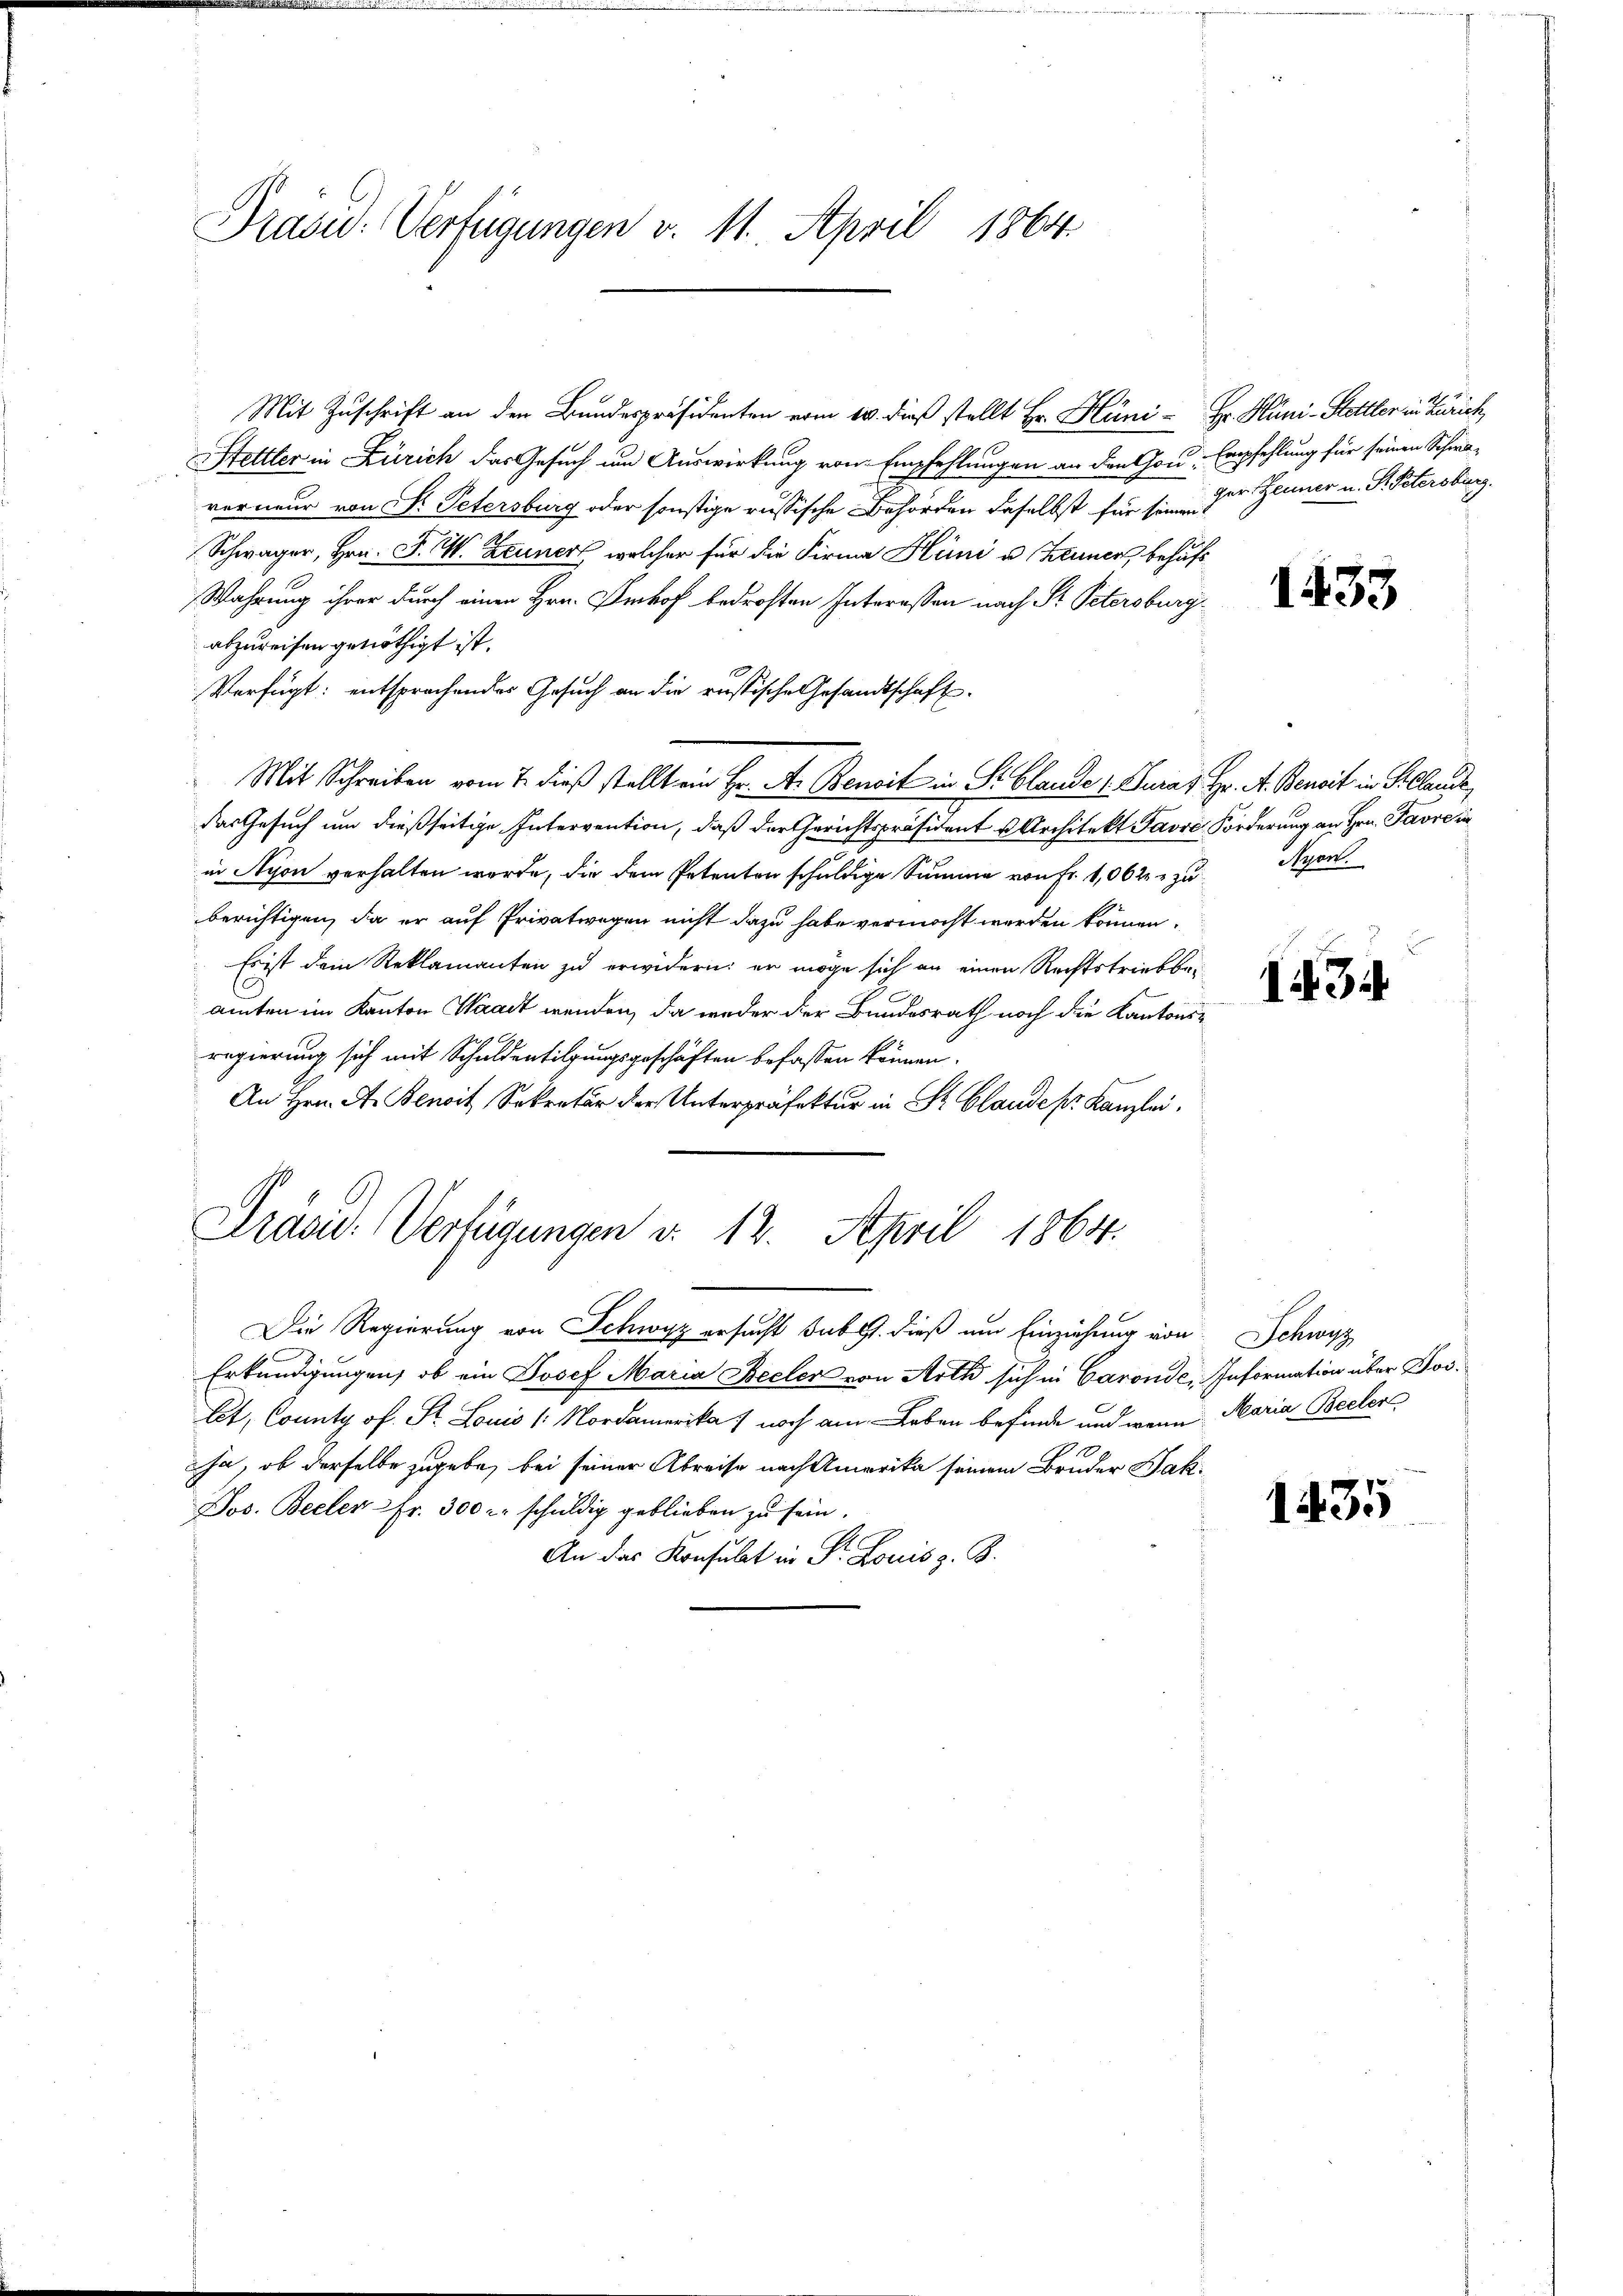
Präsid. Verfügungen v. 11. April 1864

Mit Zuschrift an den Bundespräsidenten vom 14. dieß stellt Hr. Hüni - Fr. Hüni-Stattler in Zürich,
Stettler in Zürich das Gesuch um Auswirkung von Empfehlungen an den Gou-Empfehlung für seinen Schine-
verneur von Fr. Petersburg oder sonstige russische Behörden daselbst für seinen der Zeumer u. St. Petersburg.
Schwager, Hrn. F. W. Zeuner, welcher für die Firma Hüni u. Zeuner, behufs
Wahrung ihrer durch einen Hrn. Verkof bedrohten Interessen nach St. Petersburg
abzureisen genöthigt ist.
Verfügt: entsprochendes Gesuch an die rustische Gesandtschaft¬
Mit Schreiben vom 7. dieß stellt ein Hr. A. Benoit in S. Blande 1. Jurat Hr. A. Bereit in Stellende
das Gesuch um dießseitige Intervention, daß der Gerichtspräsident Architekt Favre Förderung an Hrn. Paordin
in Nyon verhalten werde, die dem Petenten schuldige Summe von Fr. 1062 zu Nyon.
berichtigen, da er auf Privatwegen nicht dazu habe vermocht werden können.
Es ist dem Reklamanten zu erwidern: er möge sich an einen Rechtstrieb beamten im Kanton Waadt wenden, da weder der Bundesrath noch die Kantonsregierung sich mit Schuldentilgungsgeschäften befassen können.
An Hrn. A. Benoit Sekretär der Unterpräfektur in St. Claude pr. Kanzlei.
Präsid. Verfügungen v. 12. April 1864.
Die Regierung von Schwyz ersucht sub. dieß um Einziehung von Schwyz
Erkundigungen, ob ein Josef Maria Beeler von Arth sich in Caronde, Information über Boslet, County of Sr. Louis /: Nordamerika) noch am Leben befinde und wenn Maria Becker
ja, ob derselbe zugebe, bei seiner Abreise nach Amerika seinem Bruder Bak¬
Jos. Becler - Fr. 300 r. schuldig geblieben zu sein.
E
An das Konsulat in Dr. Louis z. B.

1439

1434

1435